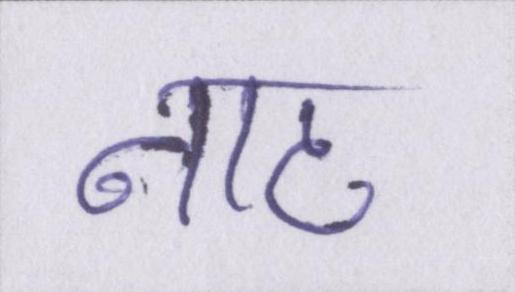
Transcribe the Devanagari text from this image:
नाट